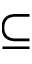
\subseteq